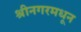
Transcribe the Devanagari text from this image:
श्रीनगरमधून